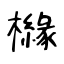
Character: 櫞